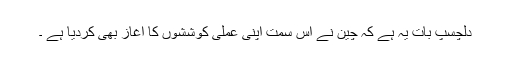
دلچسپ بات یہ ہے کہ چین نے اس سمت اپنی عملی کوششوں کا آغاز بھی کردیا ہے ۔